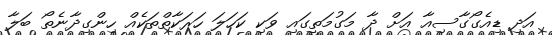
އަދި ޑިއެގޯގާސިއާ އަށް ދާ މަގުމަތީގައި ވަކި ކަހަލަ ހަރަކާތްތަކެއް ހިންގިދާނެތޯ ބަލާ